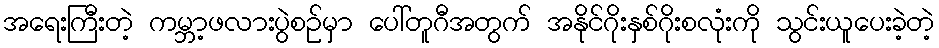
အရေးကြီးတဲ့ ကမ္ဘာ့ဖလားပွဲစဉ်မှာ ပေါ်တူဂီအတွက် အနိုင်ဂိုးနှစ်ဂိုးစလုံးကို သွင်းယူပေးခဲ့တဲ့